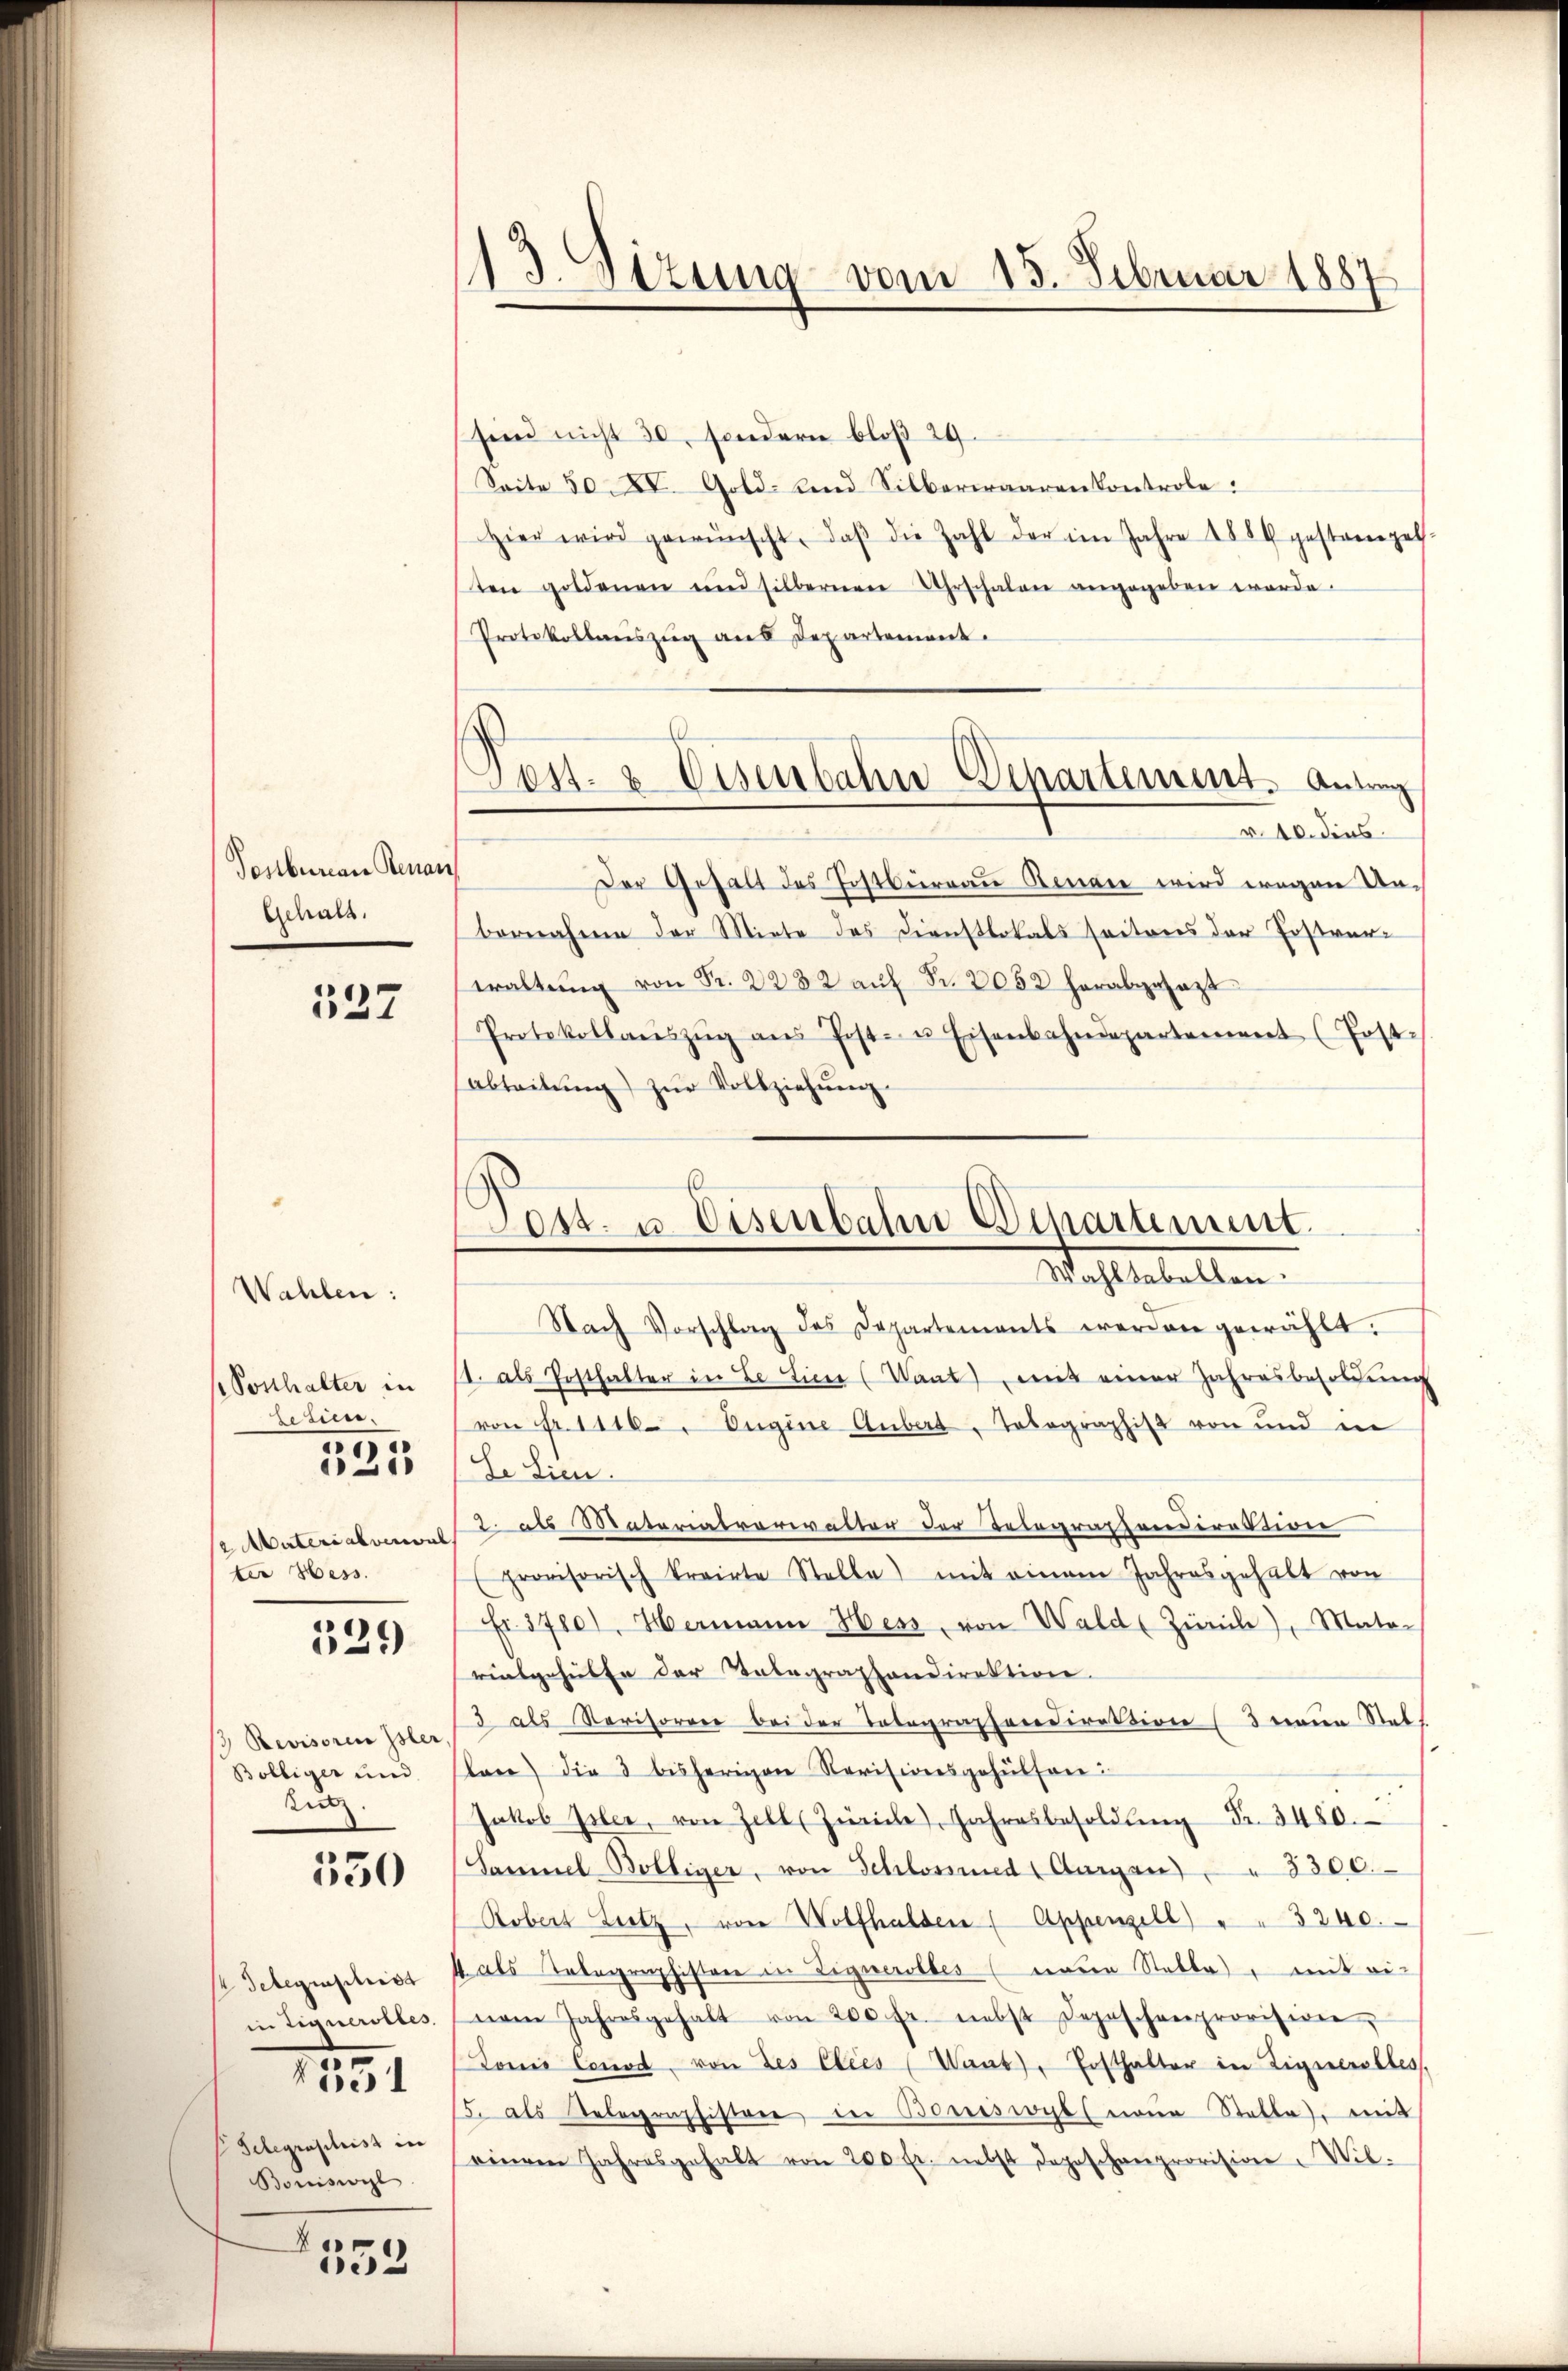
Sonbureau Renau
Gehalt.

137

Wahlen:
(Posthalter in
Zetien.

1
1
Materialverwal
ter Hess.

329)

Revisorin Isler
Bölliger und
tiz.

550

Telegenschrist
in Eignerottes
Telegraphist in
Bouisivil
A

1551

33

113. Situng vom 15. Februar 1887

sind nicht 30, sondern bloß 29.
Seite 50 XV. Gold- und Silberwaaren Kontrole.
Hier wird gewünscht, daβ die Zahl der im Jahre 1889 gestampel-
sten goldenen und silbernen Uhrschalen angegeben worde.
Protokollauszug aus Departement.
Der Gehalt des Jostburgau Renaie wird wegen Unbernahme der Miete des Dienstlokals seitens der Postverwaltŭng von Fr. 2282 aŭf Fr. 2052 herabgesagt
Protokollaŭszŭg ans Post- u Eisenbahndepartement (Post
Abteitŭng zŭr Vollziehŭng.

s
Post- & Eisenbahn Departement. Antrag
r 10. dies

Post- u. Eisenbahn Departement.
Wahltabellen.

Nach Vorschlag des Departements werden gewählt.
11. als Posthalter in Le Linie (Want) mit einer Jahresbesoldung
(von Fr. 1116. Eugine Gubert, Tobographist von und in
Se Lien.
2 als Materiatverwalten der Telegrastendirektiver
provisorisch kreirte Stelle) mit einem Jahresgehalt von
Fr. 37801. Hermann Hess, von Wald Zürich), Mate-
rialgehülfe der Telegraphendirektion
3 als Revisorrer bei der Totegrashandirektion (3 tenen Stel-
lan) die 3 bisherigen Revisionsgehülfen:
Jakob Isler, von Zell (Zürich), Jahresbesoldŭng Fr. 3480.
Sammel Bolliger, von Schlossend Aargau) " 8300.
Robert Lietz, von Wolfhalden ( Appenzell) " " 3240.
4 als Telegraphistore in Eignerolbes (einen Statte) mit die
nem Jahresgehalt von 200 fr. nebst Depeschenprovision,
Lonii Conod, von des Elees (Want), Posthalter in Eignerstbes
5. als Belegraphistor in Bonesweges eine Statte, mit
einem Jahresgehalt von 200 fr. nebst Depeschenprovision Wil